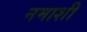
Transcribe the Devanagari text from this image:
नमाशी